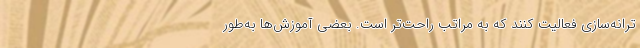
ترانه‌سازی فعالیت کنند که به مراتب راحت‌تر است. بعضی آموزش‌ها به‌طور